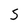
Character: 5